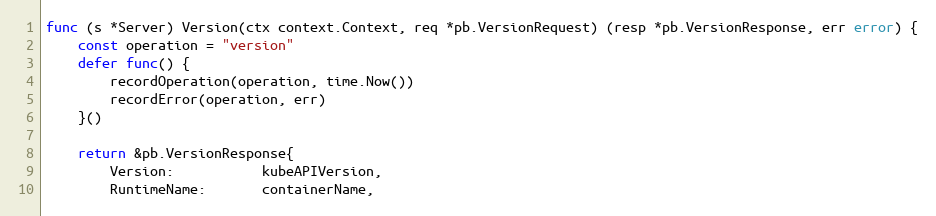
Language: Go
func (s *Server) Version(ctx context.Context, req *pb.VersionRequest) (resp *pb.VersionResponse, err error) {
	const operation = "version"
	defer func() {
		recordOperation(operation, time.Now())
		recordError(operation, err)
	}()

	return &pb.VersionResponse{
		Version:           kubeAPIVersion,
		RuntimeName:       containerName,